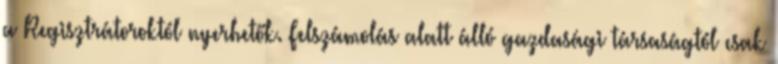
a Regisztrátoroktól nyerhetők. Felszámolás alatt álló gazdasági társaságtól csak